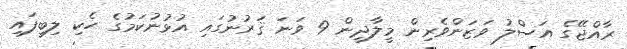
ރާއްޖޭގެ އަސްލު ވަޒަންވެރިން މީލާދީން 9 ވަނަ ޤަރުނުގައި އުޅުނުކަމުގެ ހެކި ލިބިފައި